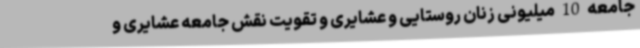
جامعه 10 میلیونی زنان روستایی و عشایری و تقویت نقش جامعه عشایری و